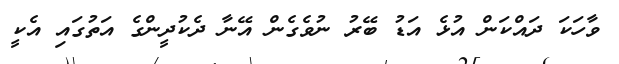
ވާހަކަ ދައްކަން އުޅެ އަޑު ބޭރު ނުވެގެން އޭނާ ދެކުދީންގެ އަތުގައި އެކީ